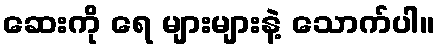
ဆေးကို ရေ များများနဲ့ သောက်ပါ။